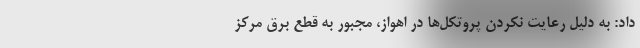
داد: به دلیل رعایت نکردن پروتکل‌ها در اهواز، مجبور به قطع برق مرکز